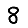
Digit: 8